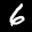
Label: 6